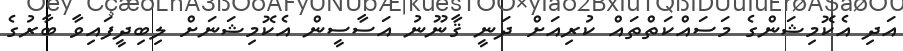
އަދި އެކޮމިޝަންގެ މަސައްކަތްތައް ކުރިއަށް ދަނީ ޤާނޫނު އަސާސީން އެކޮމިޝަނަށް ލިބިދީފައިވާ ބާރުގެ